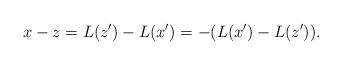
LaTeX: \begin{align*}x-z=L(z')-L(x')=-(L(x')-L(z')). \end{align*}